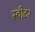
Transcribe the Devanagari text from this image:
स्वीटर